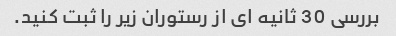
بررسی 30 ثانیه ای از رستوران زیر را ثبت کنید.